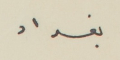
بغداد